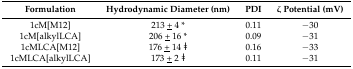
| Formulation | Hydrodynamic Diameter (nm) | PDI | ζ Potential (mV) |
 | --- | --- | --- | --- |
 | 1cM[M12] | 213 <underline>+</underline> 4 * | 0.11 | −30 |
 | 1cM[alkylLCA] | 206 <underline>+</underline> 16 * | 0.09 | −31 |
 | 1cMLCA[M12] | 176 <underline>+</underline> 14 ǂ | 0.16 | −33 |
 | 1cMLCA[alkylLCA] | 173 <underline>+</underline> 2 ǂ | 0.11 | −31 |